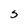
Character: S